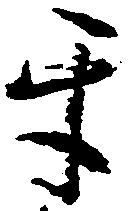
互